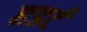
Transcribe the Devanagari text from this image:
हडर्ट